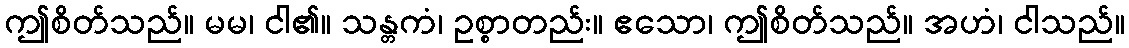
ဤစိတ်သည်။ မမ၊ ငါ၏။ သန္တကံ၊ ဥစ္စာတည်း။ ဧသော၊ ဤစိတ်သည်။ အဟံ၊ ငါသည်။